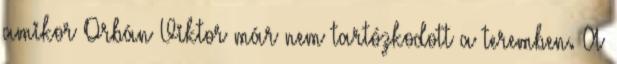
amikor Orbán Viktor már nem tartózkodott a teremben. A